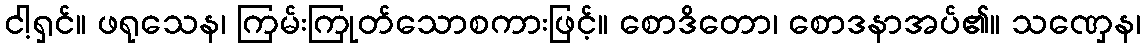
ငါ့ရှင်။ ဖရုသေန၊ ကြမ်းကြုတ်သောစကားဖြင့်။ စောဒိတော၊ စောဒနာအပ်၏။ သဏှေန၊